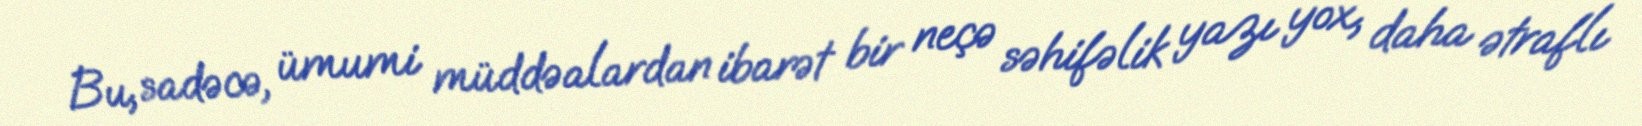
Bu, sadəcə, ümumi müddəalardan ibarət bir neçə səhifəlik yazı yox, daha ətraflı